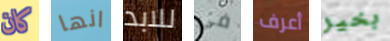
كان انها للابد في أعرف بخير